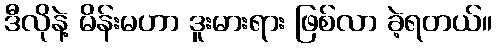
ဒီလိုနဲ့ မိန်းမဟာ ဒူးမားရား ဖြစ်လာ ခဲ့ရတယ်။